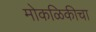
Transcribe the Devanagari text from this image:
मोकळिकीचा